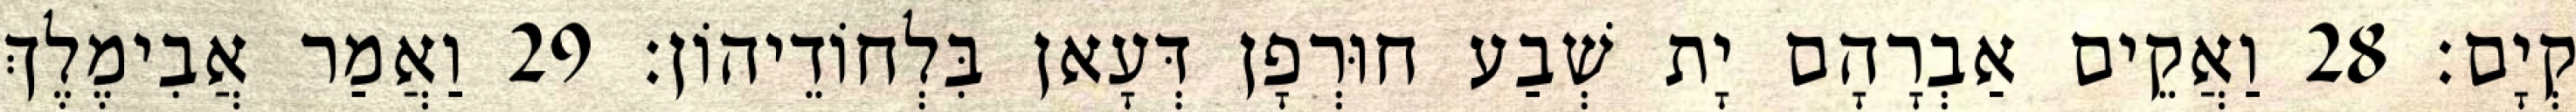
קְיָם׃ 28 וַאֲקֵים אַבְרָהָם יָת שְׁבַע חוּרְפָן דְּעָאן בִּלְחוֹדֵיהוֹן׃ 29 וַאֲמַר אֲבִימֶלֶךְ